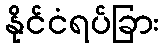
နိုင်ငံရပ်ခြား